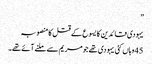
”
یہودی قائدین کا یسوع کے قتل کا منصوبہ
45 وہاں کئی یہودی تھے جو مریم سے ملنے آئے تھے۔